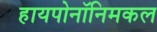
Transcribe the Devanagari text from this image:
हायपोनॉनिमकल